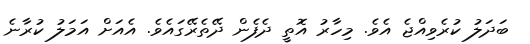
ބަދަލު ކުރެވިއްޖެ އެވެ. މިހާރު އޮތީ ދެފެން ދޭތެރޭގައެވެ. އެއަށް އަމަލު ކުރާނެ